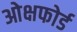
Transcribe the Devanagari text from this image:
ओक्षफोर्ड